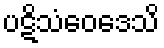
ပဋိသံဝေဒေသိ